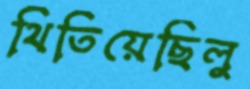
থিতিয়েছিলু